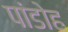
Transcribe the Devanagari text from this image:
पांडोह